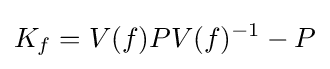
\displaystyle {K_{f}=V(f)PV(f)^{-1}-P}